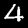
Label: 4